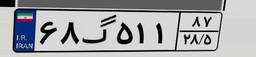
۶۸گ۵۱۱۸۷